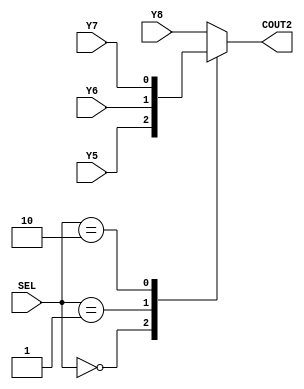
`timescale 1ns / 1ps
module Mux4to12( Y5,Y6,Y7,Y8,COUT2,SEL
    );
input Y5,Y6,Y7,Y8;
input [1:0]SEL;
output reg COUT2;

always@(Y5 or Y6 or Y7 or Y8 or SEL)
begin
	case(SEL)
		2'b00 : COUT2<=Y5;
		2'b01 : COUT2<=Y6;
		2'b10 : COUT2<=Y7;
		default: COUT2<=Y8;
	endcase
end
endmodule